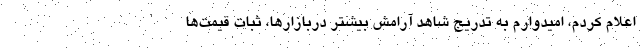
اعلام کردم، امیدوارم به تدریج شاهد آرامش بیشتر دربازارها، ثبات قیمت‌ها